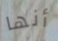
أنها